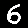
Digit: 6